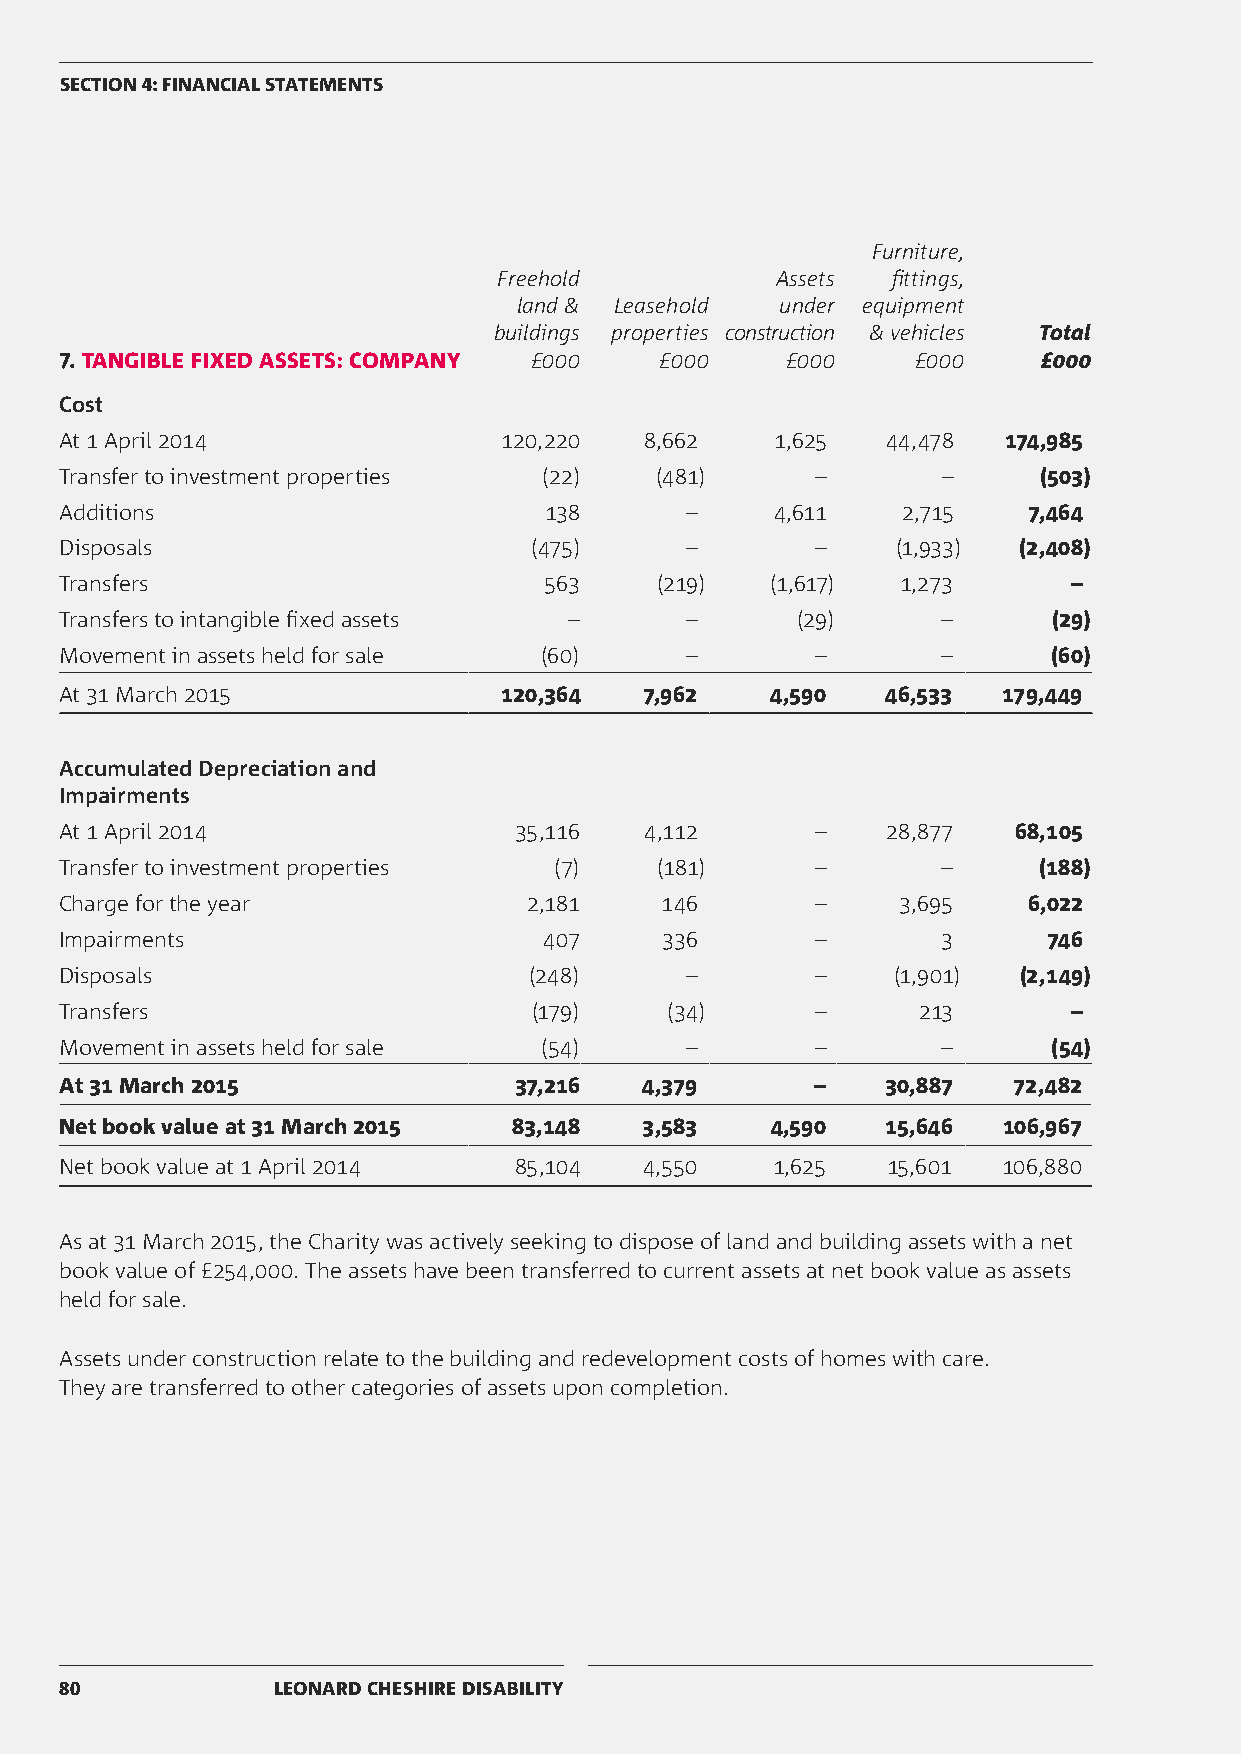
SECTION 4: FINANCIAL STATEMENTS
 Furniture,
 Freehold          Assets  fittings,
 land & Leasehold  under equipment
 buildings properties construction & vehicles Total
 7. TANGIBLE FIXED ASSETS: COMPANY £000  £000    £000     £000    £000
 Cost
 At 1 April 2014              120,220   8,662   1,625   44,478 174,985
 Transfer to investment properties (22) (481)      –       –      (503)
 Additions                       138      –     4,611    2,715   7,464
 Disposals                      (475)     –        –    (1,933) (2,408)
 Transfers                       563    (219)   (1,617)  1,273      –
 Transfers to intangible fixed assets –   –       (29)     –       (29)
 Movement in assets held for sale (60)    –        –       –       (60)
 At 31 March 2015             120,364   7,962   4,590   46,533 179,449
 Accumulated Depreciation and
 Impairments
 At 1 April 2014               35,116   4,112      –    28,877  68,105
 Transfer to investment properties (7)  (181)      –       –      (188)
 Charge for the year            2,181    146       –    3,695    6,022
 Impairments                     407     336       –       3      746
 Disposals                      (248)     –        –    (1,901)  (2,149)
 Transfers                      (179)    (34)      –      213       –
 Movement in assets held for sale (54)    –        –       –       (54)
 At 31 March 2015              37,216  4,379       –    30,887  72,482
 Net book value at 31 March 2015 83,148 3,583   4,590   15,646 106,967
 Net book value at 1 April 2014 85,104  4,550   1,625   15,601 106,880
 As at 31 March 2015, the Charity was actively seeking to dispose of land and building assets with a net
 book value of £254,000. The assets have been transferred to current assets at net book value as assets
 held for sale.
 Assets under construction relate to the building and redevelopment costs of homes with care.
 They are transferred to other categories of assets upon completion.
 80            LEONARD CHESHIRE DISABILITY